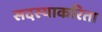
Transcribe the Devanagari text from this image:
सदस्याकरिता